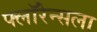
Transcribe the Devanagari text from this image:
फ्लॉरेन्सला